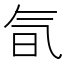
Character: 氜